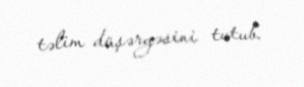
təlim düşərgəsini tutub.